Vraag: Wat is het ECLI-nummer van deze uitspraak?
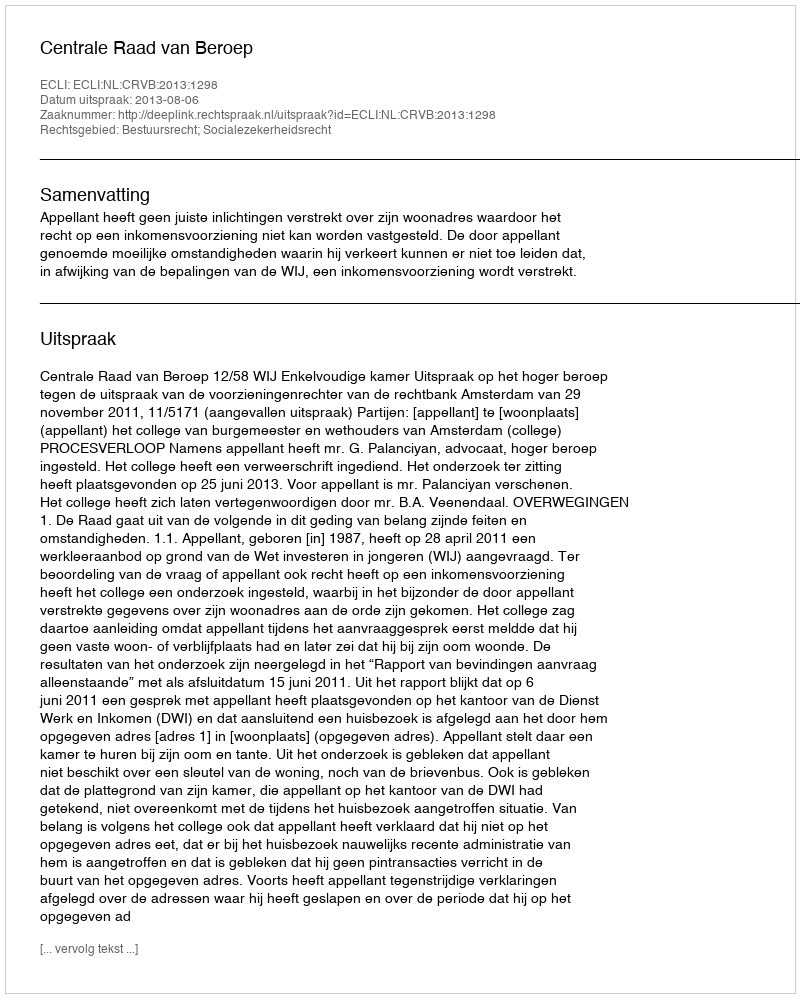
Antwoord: ECLI:NL:CRVB:2013:1298